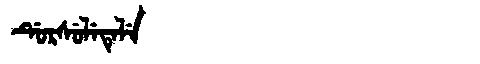
Manchu: ᡩᡠᡵᠰᡠᠯᡝᡨᡝᠯᡝ
Romanization: DURSULETELE